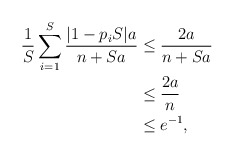
\begin{align*}\frac{1}{S} \sum_{i = 1}^S \frac{|1-p_i S|a }{n+Sa} & \leq \frac{2a}{n+Sa} \\& \leq \frac{2a}{n} \\& \leq e^{-1},\end{align*}